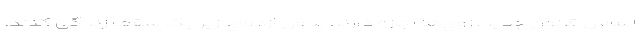
اساس قانون جدید، زوج‌ها اجازه دارند بدون ازدواج زیر یک سقف زندگی کنند.